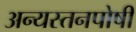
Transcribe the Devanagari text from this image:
अन्यस्तनपोषी